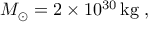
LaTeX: M _ { \odot } = 2 \times 1 0 ^ { 3 0 } \, \mathrm { k g } \; ,